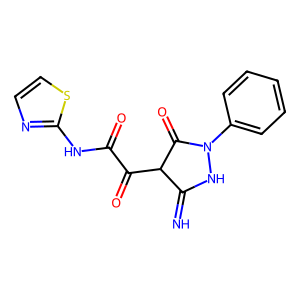
SMILES: N=C1NN(c2ccccc2)C(=O)C1C(=O)C(=O)Nc1nccs1
Inhibits HIV replication: No